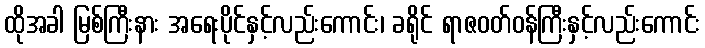
ထိုအခါ မြစ်ကြီးနား အရေးပိုင်နှင့်လည်းကောင်း၊ ခရိုင် ရာဇဝတ်ဝန်ကြီးနှင့်လည်းကောင်း